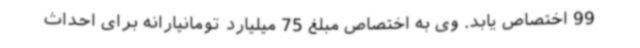
99 اختصاص یابد. وی به اختصاص مبلغ 75 میلیارد تومانیارانه برای احداث